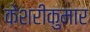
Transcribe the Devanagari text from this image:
केशरीकुमार